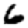
Digit: 6